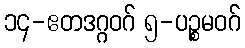
၁၄-ဧတဒဂ္ဂဝဂ် ၅-ပဉ္စမဝဂ်